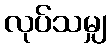
လုပ်သမျှ